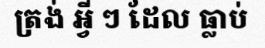
ត្រង់ អ្វី ៗ ដែល ធ្លាប់